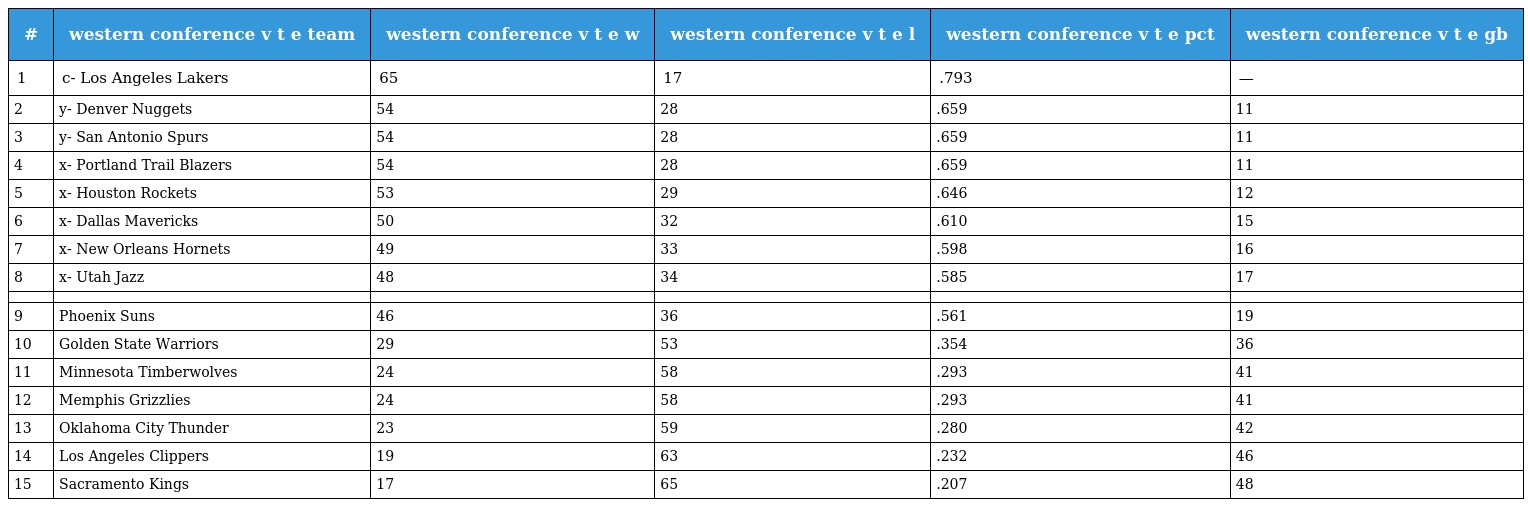
| # | western conference v t e team | western conference v t e w | western conference v t e l | western conference v t e pct | western conference v t e gb |
 | --- | --- | --- | --- | --- | --- |
 | 1 | c- Los Angeles Lakers | 65 | 17 | .793 | — |
 | 2 | y- Denver Nuggets | 54 | 28 | .659 | 11 |
 | 3 | y- San Antonio Spurs | 54 | 28 | .659 | 11 |
 | 4 | x- Portland Trail Blazers | 54 | 28 | .659 | 11 |
 | 5 | x- Houston Rockets | 53 | 29 | .646 | 12 |
 | 6 | x- Dallas Mavericks | 50 | 32 | .610 | 15 |
 | 7 | x- New Orleans Hornets | 49 | 33 | .598 | 16 |
 | 8 | x- Utah Jazz | 48 | 34 | .585 | 17 |
 |  |  |  |  |  |  |
 | 9 | Phoenix Suns | 46 | 36 | .561 | 19 |
 | 10 | Golden State Warriors | 29 | 53 | .354 | 36 |
 | 11 | Minnesota Timberwolves | 24 | 58 | .293 | 41 |
 | 12 | Memphis Grizzlies | 24 | 58 | .293 | 41 |
 | 13 | Oklahoma City Thunder | 23 | 59 | .280 | 42 |
 | 14 | Los Angeles Clippers | 19 | 63 | .232 | 46 |
 | 15 | Sacramento Kings | 17 | 65 | .207 | 48 |